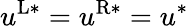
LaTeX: u^{\mathrm{L}*}=u^{\mathrm{R}*}=u^{*}